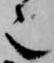
也